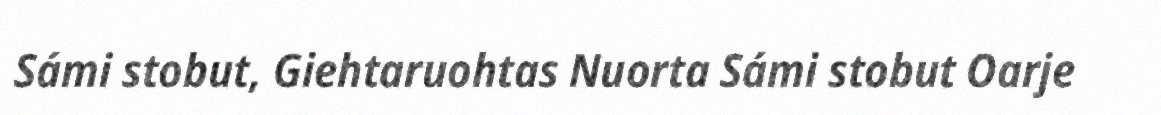
Sámi stobut, Giehtaruohtas Nuorta Sámi stobut Oarje